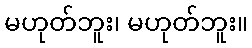
မဟုတ်ဘူး၊ မဟုတ်ဘူး။